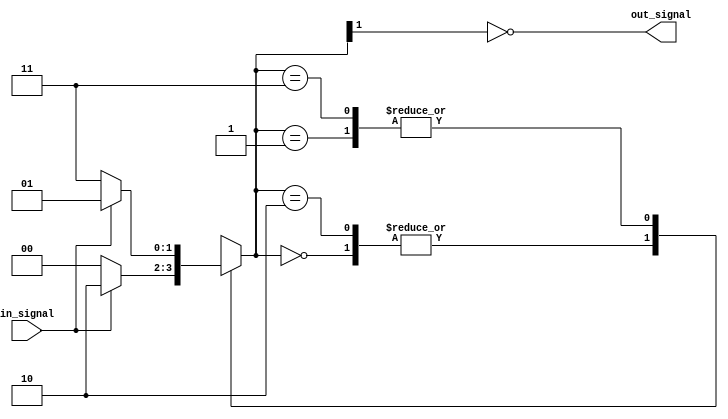
module schmitt_trigger_buffer (
    input wire in_signal,
    output reg out_signal
);

// Schmitt trigger module
reg [1:0] state;
parameter THRESHOLD_HIGH = 1'b1; 
parameter THRESHOLD_LOW = 1'b0;
parameter HYSTERESIS = 1'b1;

always @ (in_signal) begin
    case(state)
        2'b00: begin
            if (in_signal == THRESHOLD_HIGH)
                state <= 2'b10;
            else
                state <= 2'b00;
        end
        2'b01: begin
            if (in_signal == THRESHOLD_LOW)
                state <= 2'b11;
            else
                state <= 2'b01;
        end
        2'b10: begin
            if (in_signal == THRESHOLD_LOW)
                state <= 2'b00;
            else
                state <= 2'b10;
        end
        2'b11: begin
            if (in_signal == THRESHOLD_HIGH)
                state <= 2'b01;
            else
                state <= 2'b11;
        end
    endcase
end

assign out_signal = (state[1] ^ HYSTERESIS);

endmodule